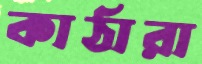
কাঠারা